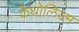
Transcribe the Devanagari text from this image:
कैथोलिज्म